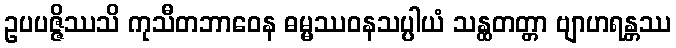
ဥပပဇ္ဇိဿသိ ကုသီတဘာဝေန ဓမ္မဿဝနသပ္ပါယံ သန္ထတတ္တာ ဗျာဟရန္တဿ